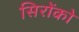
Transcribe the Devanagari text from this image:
सिरोंको